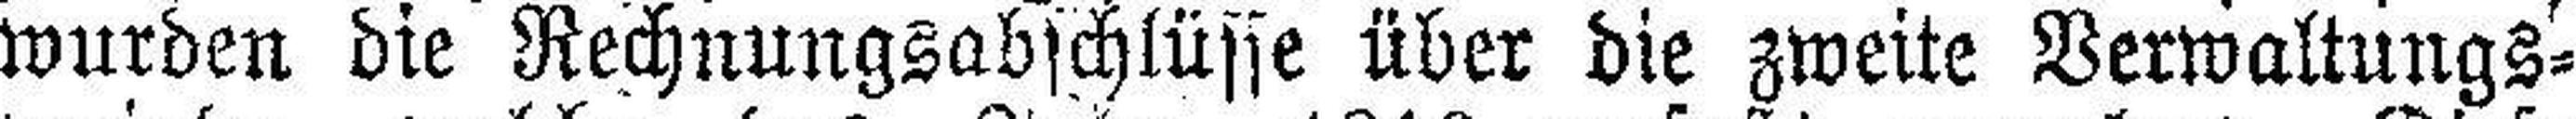
wurden die Rechnungsabschlüsse über die zweite Verwaltungs¬